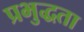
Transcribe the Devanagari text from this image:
प्रभुद्धता